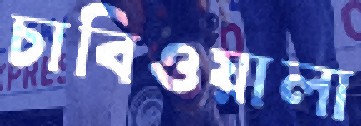
চাবিওয়ালা